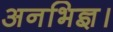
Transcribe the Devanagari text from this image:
अनभिज्ञ।